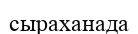
сыраханада